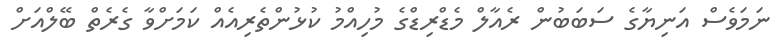
ނަމަވެސް އަނިޔާގެ ސަބަބުން ރެއާލް މެޑްރިޑްގެ މުހިއްމު ކުޅުންތެރިއެއް ކަމަށްވާ ގެރެތް ބޭލްއަށް